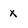
Character: X